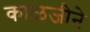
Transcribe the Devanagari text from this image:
काळजीने